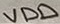
Text: VDD